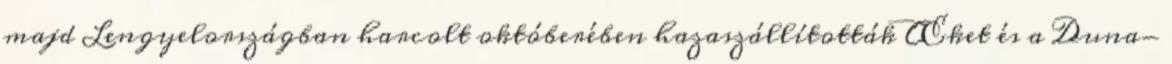
majd Lengyelországban harcolt októberében hazaszállították Œket és a Duna-